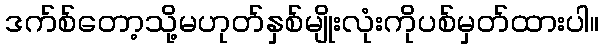
ဒက်စ်တော့သို့မဟုတ်နှစ်မျိုးလုံးကိုပစ်မှတ်ထားပါ။